Civil Veterinary Department Bihar & Orissa reports 1922-29 - 1922-1929
Year: 1922
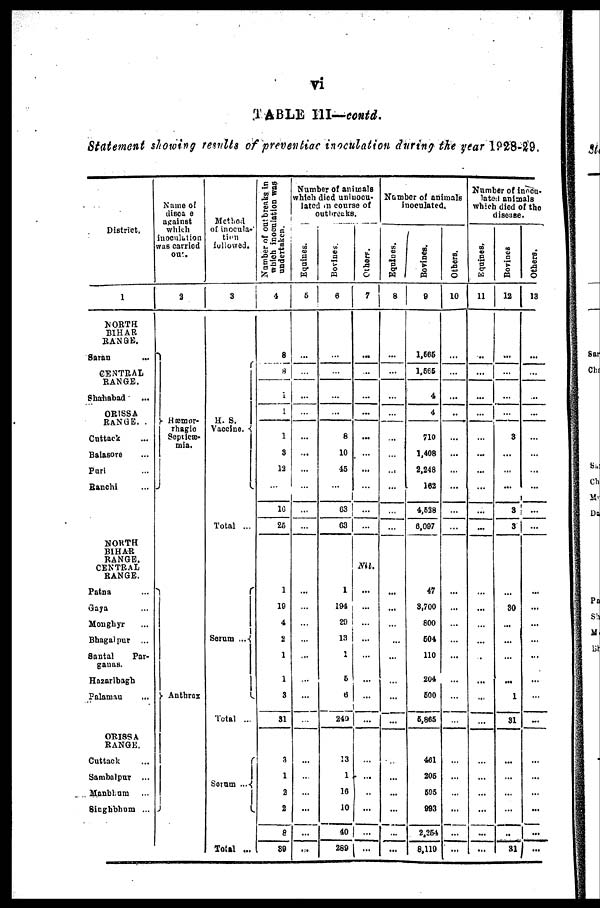
vi
TABLE III—contd.
Statement showing results of preventiac inoculation during the year 1928-29.
District.
1
NORTH
BIHAR
RANGE.
Saran
...
CENTRAL
RANGE.
Shahabad
OR1SSA
RANGE. .
Cuttack
Balasore
Puri
Ranchi
NORTH
BIHAR
RANGE.
CENTRAL
RANGE.
Patna
Gaya
Monghyr
Bhagalpur ...
Santal
Par-
ganas.
Hazaribagh
Palamau
ORISSA
RANGE.
Cuttack
Sambalpur
Manbhum
Singhbhum ...
Name of
disease
against
which
inoculation
was carried
on.
2
Hæmor-
rhagio
Septicæ-
mia.
Anthrax
Menthol
of inocula-
tion
followed.
3
H. S.
Vaccine.
Total ...
Serum ...
Total ...
Serum
Total ...
Number of out breaks in
which inoculation was
undertaken.
4
8
8
1
1
1
3
13
...
16
26
1
10
4
1
1
1
3
31
3
1
2
2
6
89
Number of animals
which died uninocu-
latcd in course of
outbreaks.
Equiues.
5
...
...
...
...
...
...
...
...
...
...
...
...
...
...
...
...
...
...
...
...
...
...
...
...
...
Bvinces
6
...
...
...
...
8
10
45
63
63
Nil
194
20
13
5
6
240
13
1
16
10
40
289
Others.
7
...
...
...
...
...
...
...
...
...
...
...
...
...
...
...
...
...
...
...
...
...
...
...
...
...
Number of animals
inoculated.
Equities.
8
...
...
...
...
...
...
...
...
...
...
...
...
...
...
...
...
...
...
...
...
...
...
...
...
Bovines.
9
1,666
1.565
4
4
710
1,408
2,248
162
4,538
6,097
47
3,700
800
604
110
204
600
6,865
461
206
606
993
2,264
8.119
Others.
10
...
...
...
...
...
...
...
...
...
...
...
...
Number of inocu-
lated animals
which died of the
disease.
Equines,
11
...
...
...
...
...
...
...
Bovines
12
...
...
...
3
3
3
30
...
.
1
31
...
..
81
Others.
13
...
...
...
...
...
...
...